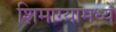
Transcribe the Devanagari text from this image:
शिमाग्यामध्ये